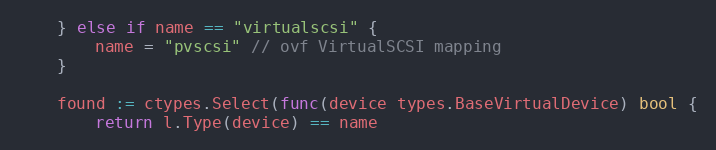
Language: Go
	} else if name == "virtualscsi" {
		name = "pvscsi" // ovf VirtualSCSI mapping
	}

	found := ctypes.Select(func(device types.BaseVirtualDevice) bool {
		return l.Type(device) == name